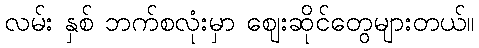
လမ်း နှစ် ဘက်စလုံးမှာ ဈေးဆိုင်တွေများတယ်။